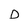
Character: O